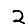
Digit: 2